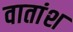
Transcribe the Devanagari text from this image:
वातांश